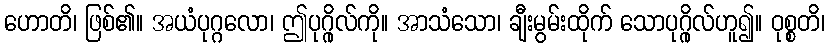
ဟောတိ၊ ဖြစ်၏။ အယံပုဂ္ဂလော၊ ဤပုဂ္ဂိုလ်ကို။ အာသံသော၊ ချီးမွမ်းထိုက် သောပုဂ္ဂိုလ်ဟူ၍။ ဝုစ္စတိ၊